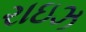
રાઇઝ